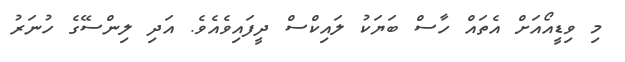
މި ވިޑީއޯއަށް އެތައް ހާސް ބަޔަކު ލައިކްސް ދީފައިވެއެވެ. އަދި ލިންސޭގެ ހުނަރު